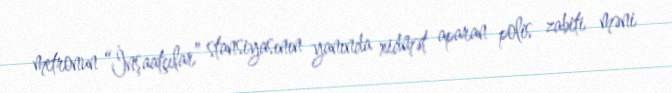
metronun “İnşaatçılar” stansiyasının yanında xidmət aparan polis zabiti məni